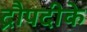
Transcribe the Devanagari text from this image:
द्रौपदीके